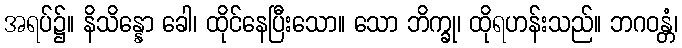
အရပ်၌။ နိသိန္နော ခေါ၊ ထိုင်နေပြီးသော။ သော ဘိက္ခု၊ ထိုရဟန်းသည်။ ဘဂဝန္တံ၊